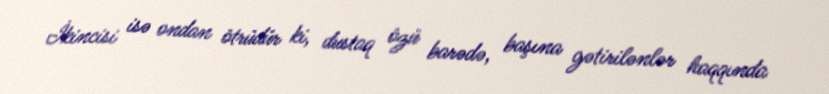
İkincisi isə ondan ötrüdür ki, dustaq özü barədə, başına gətirilənlər haqqında